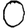
Digit: 0